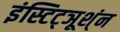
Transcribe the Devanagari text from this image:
इंस्टिट्ञूश्ंन